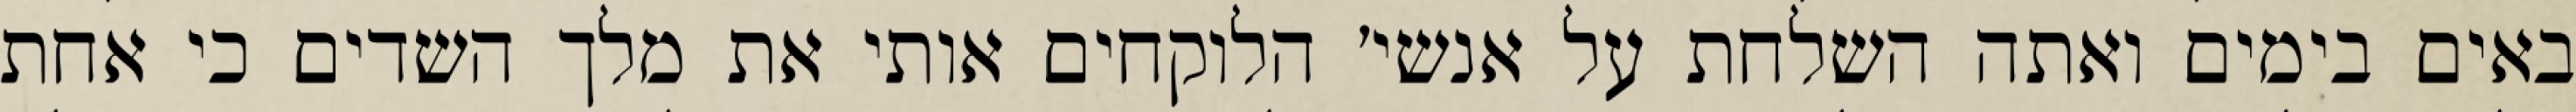
באים בימים ואתה השלחת על אנשי׳ הלוקחים אותי את מלך השדים כי אחת